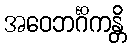
အဝေဘင်္ဂိကန္တိ